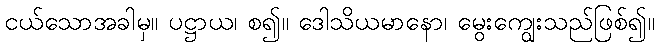
ငယ်သောအခါမှ။ ပဋ္ဌာယ၊ စ၍။ ဒေါသိယမာနော၊ မွေးကျွေးသည်ဖြစ်၍။